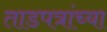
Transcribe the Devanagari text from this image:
ताडपत्रांच्या